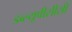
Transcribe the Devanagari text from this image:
डब्ल्यूपीसीसी